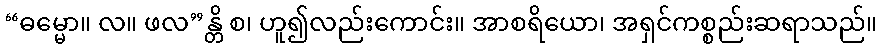
“ဓမ္မော။ လ။ ဖလ”န္တိ စ၊ ဟူ၍လည်းကောင်း။ အာစရိယော၊ အရှင်ကစ္စည်းဆရာသည်။